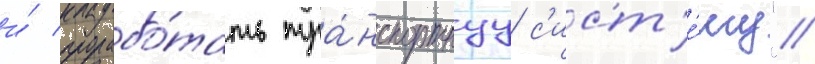
и́ прорабо́тать тра́нспортнуу с'ист'е́му".